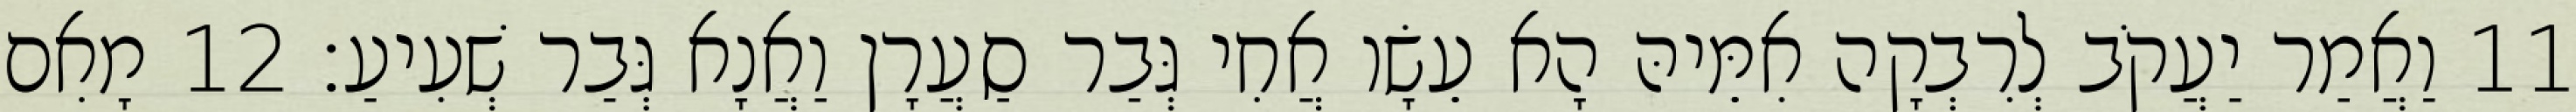
11 וַאֲמַר יַעֲקֹב לְרִבְקָה אִמֵּיהּ הָא עֵשָׂו אֲחִי גְּבַר סַעֲרָן וַאֲנָא גְּבַר שְׁעִיעַ׃ 12 מָאִם